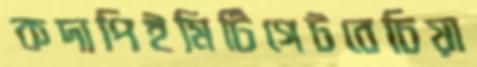
কদাপিইমিটিগেটবেচিয়া